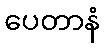
ပေတာနံ